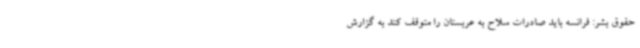
حقوق بشر: فرانسه باید صادرات سلاح به عربستان را متوقف کند به گزارش